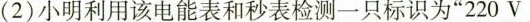
(2)小明利用该电能表和秒表检测一只标识为”220V